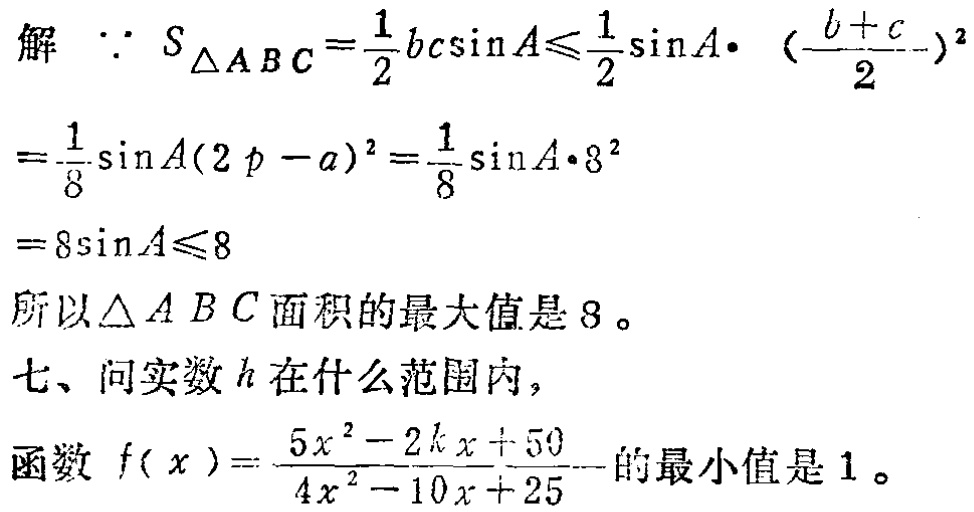
解 \(\because S_{\triangle ABC}=\frac{1}{2}bc\sin A\leqslant\frac{1}{2}\sin A\cdot (\frac{b + c}{2})^2\)
\(=\frac{1}{8}\sin A(2p - a)^2=\frac{1}{8}\sin A\cdot 8^2\)
\(=8\sin A\leqslant8\)
所以\(\triangle ABC\)面积的最大值是\(8\)。
七、问实数\(k\)在什么范围内，
函数 \(f(x)=\frac{5x^{2}-2kx + 50}{4x^{2}-10x + 25}\) 的最小值是\(1\)。